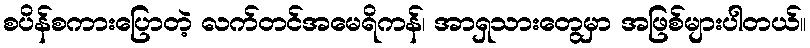
စပိန်စကားပြောတဲ့ လက်တင်အမေရိကန်၊ အာရှသားတွေမှာ အဖြစ်များပါတယ်။